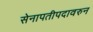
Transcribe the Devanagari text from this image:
सेनापतीपदावरुन